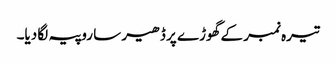
تیرہ نمبر کے گھوڑے پر ڈھیر سا روپیہ لگا دیا۔